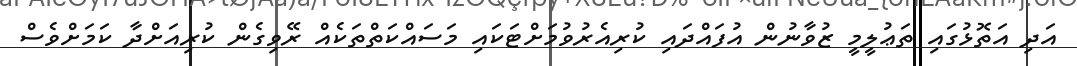
އަދި އަތޮޅުގައި ތަޢުލީމީ ޒުވާނުން އުފައްދައި ކުރިއެރުވުމަށްޓަކައި މަސައްކަތްތަކެއް ރޭވިގެން ކުރިއަށްދާ ކަމަށްވެސް